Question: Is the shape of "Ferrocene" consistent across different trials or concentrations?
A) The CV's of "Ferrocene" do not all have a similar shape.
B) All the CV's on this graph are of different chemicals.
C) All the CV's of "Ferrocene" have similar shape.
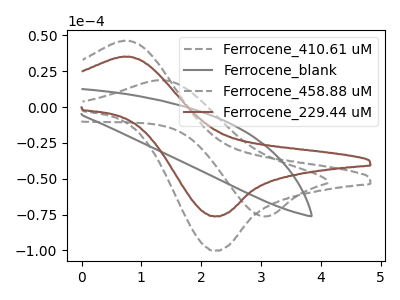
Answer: <think>The gray dashed curve "Ferrocene_410.61 uM" has an anodic peak at (1.35V, 18.75uA) and a cathodic peak at (3.05V, -76.20uA). The gray curve "Ferrocene_blank" has no peaks. The gray dashed curve "Ferrocene_458.88 uM" has an anodic peak at (0.75V, 46.10uA) and a cathodic peak at (2.25V, -100.10uA). The brown curve "Ferrocene_229.44 uM" has an anodic peak at (0.75V, 35.10uA) and a cathodic peak at (2.25V, -76.20uA).
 "Ferrocene_410.61 uM" and "Ferrocene_blank" have a different number of peaks. "Ferrocene_410.61 uM" and "Ferrocene_458.88 uM" have at least one peak that do not match. "Ferrocene_410.61 uM" and "Ferrocene_229.44 uM" have at least one peak that do not match. "Ferrocene_blank" and "Ferrocene_458.88 uM" have a different number of peaks. "Ferrocene_blank" and "Ferrocene_229.44 uM" have a different number of peaks. All the peaks in "Ferrocene_458.88 uM" have a peak in "Ferrocene_229.44 uM" at the same potential. Every peak in "Ferrocene_458.88 uM" is higher than every peak in "Ferrocene_229.44 uM".</think>
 <answer>C) All the CV's of "Ferrocene" have similar shape.</answer>
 <eval>C</eval>